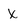
Character: x